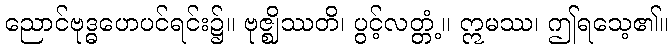
ညောင်ဗုဒ္ဓဟေပင်ရင်း၌။ ဗုဇ္ဈိဿတိ၊ ပွင့်လတ္တံ့။ ဣမဿ၊ ဤရသေ့၏။